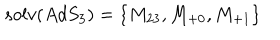
s o l v ( A d S _ { 3 } ) = \left\{ M _ { 2 3 } , M _ { + 0 } , M _ { + 1 } \right\}